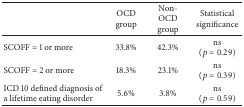
<table><thead><tr><td>[EMPTY_CELL]</td><td><b>OCD group</b></td><td><b>Non-OCD group</b></td><td><b>Statistical significance</b></td></tr></thead><tbody><tr><td>SCOFF = 1 or more </td><td>33.8%</td><td>42.3%</td><td>ns (<i>p</i> = 0.29)</td></tr><tr><td>SCOFF = 2 or more </td><td>18.3%</td><td>23.1%</td><td>ns (<i>p</i> = 0.39)</td></tr><tr><td>ICD 10 defined diagnosis of a lifetime eating disorder</td><td>5.6%</td><td>3.8%</td><td>ns (<i>p</i> = 0.59)</td></tr></tbody></table>